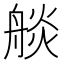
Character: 𦩗